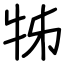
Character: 牬